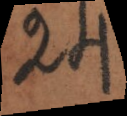
24